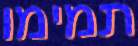
תמימו